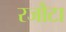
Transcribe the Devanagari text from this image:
रजौटा